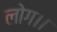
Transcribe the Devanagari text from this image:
लोग।।